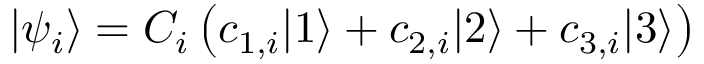
| \psi _ { i } \rangle = C _ { i } \left( c _ { 1 , i } | 1 \rangle + c _ { 2 , i } | 2 \rangle + c _ { 3 , i } | 3 \rangle \right)